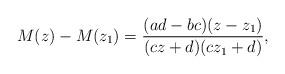
LaTeX: \begin{align*} M(z)-M(z_1)=\frac{(ad-bc)(z-z_1)}{(cz+d)(cz_1+d)},\end{align*}